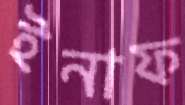
ইনাফ